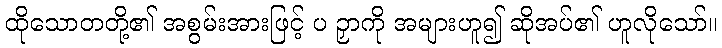
ထိုသောတတို့၏ အစွမ်းအားဖြင့် ပ ဉှာကို အများဟူ၍ ဆိုအပ်၏ ဟူလိုသော်။